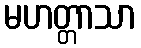
မဟတ္တာသာ